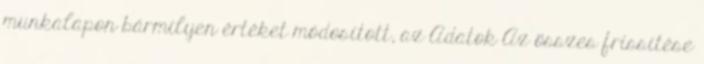
munkalapon bármilyen értéket módosított, az Adatok Az összes frissítése